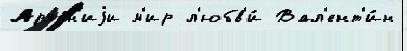
Арм'е́н'иjи м'ир л'юбв'и́ Вал'ент'и́н